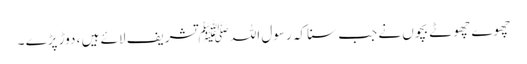
چھوے چھوٹے بچوں نے جب سنا کہ رسول اللہ ﷺ تشریف لائے ہیں ، دوڑ پڑے ۔